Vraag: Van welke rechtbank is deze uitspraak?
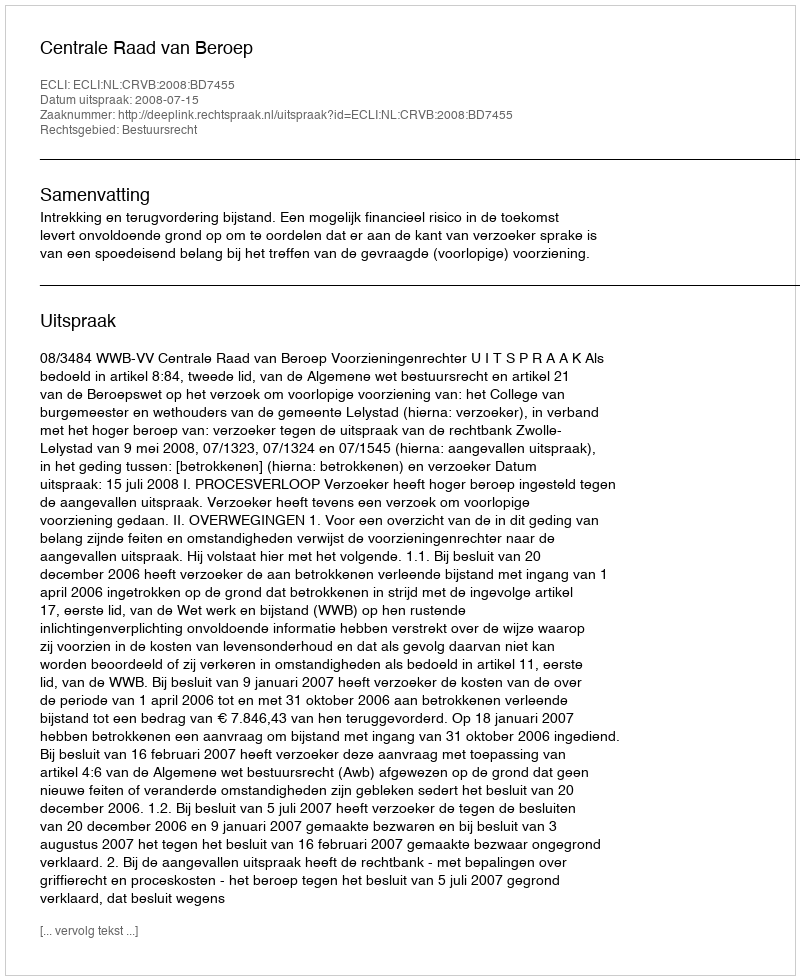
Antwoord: Centrale Raad van Beroep